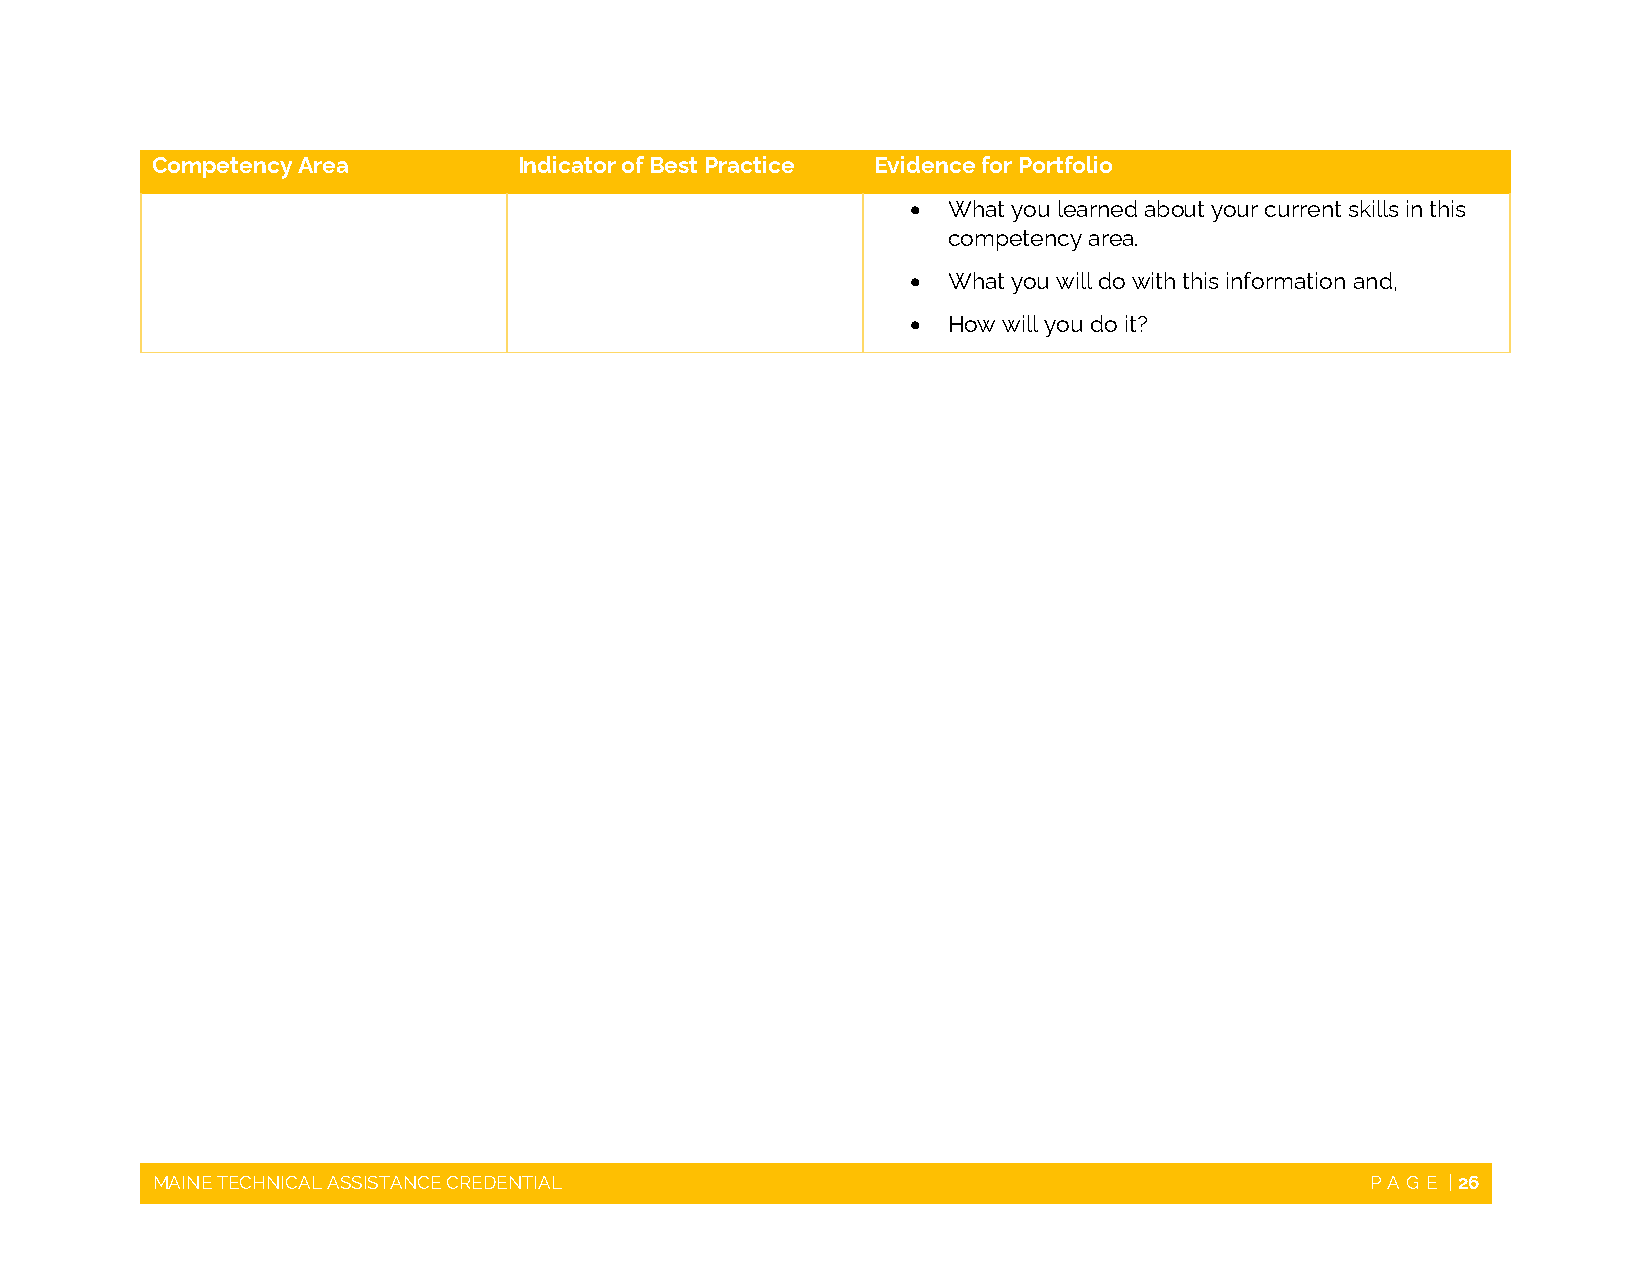
Competency Area         Indicator of Best Practice Evidence for Portfolio
   What you learned about your current skills in this
 competency area.
   What you will do with this information and,
   How will you do it?
 MAINE TECHNICAL ASSISTANCE CREDENTIAL                                            PAGE | 26